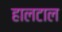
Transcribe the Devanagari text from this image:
हालटाल